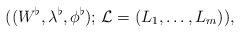
LaTeX: \begin{align*}((W^{\flat}, \lambda^{\flat}, \phi^{\flat});\, \mathcal{L} = (L_1, \dots, L_m)),\end{align*}